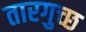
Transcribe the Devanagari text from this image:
तारगुच्छ